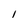
Character: 1